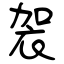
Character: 袈